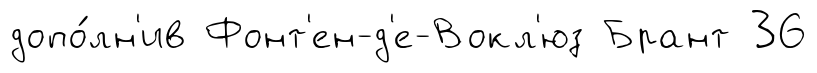
допо́лн'ив Фонт'ен-д'е-Вокл'юз Брант 36